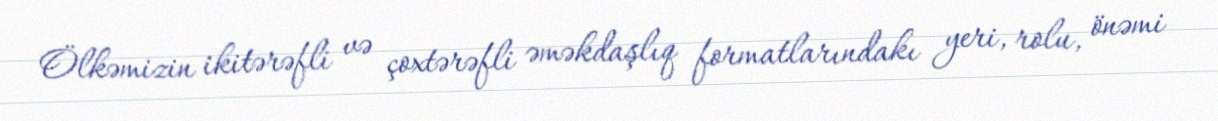
Ölkəmizin ikitərəfli və çoxtərəfli əməkdaşlıq formatlarındakı yeri, rolu, önəmi